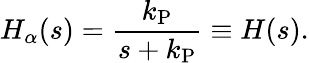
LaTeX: H_{\alpha}(s)=\frac{k_{\mathrm{P}}}{s+k_{\mathrm{P}}}\equiv H(s).